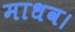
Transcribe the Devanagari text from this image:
माधव।